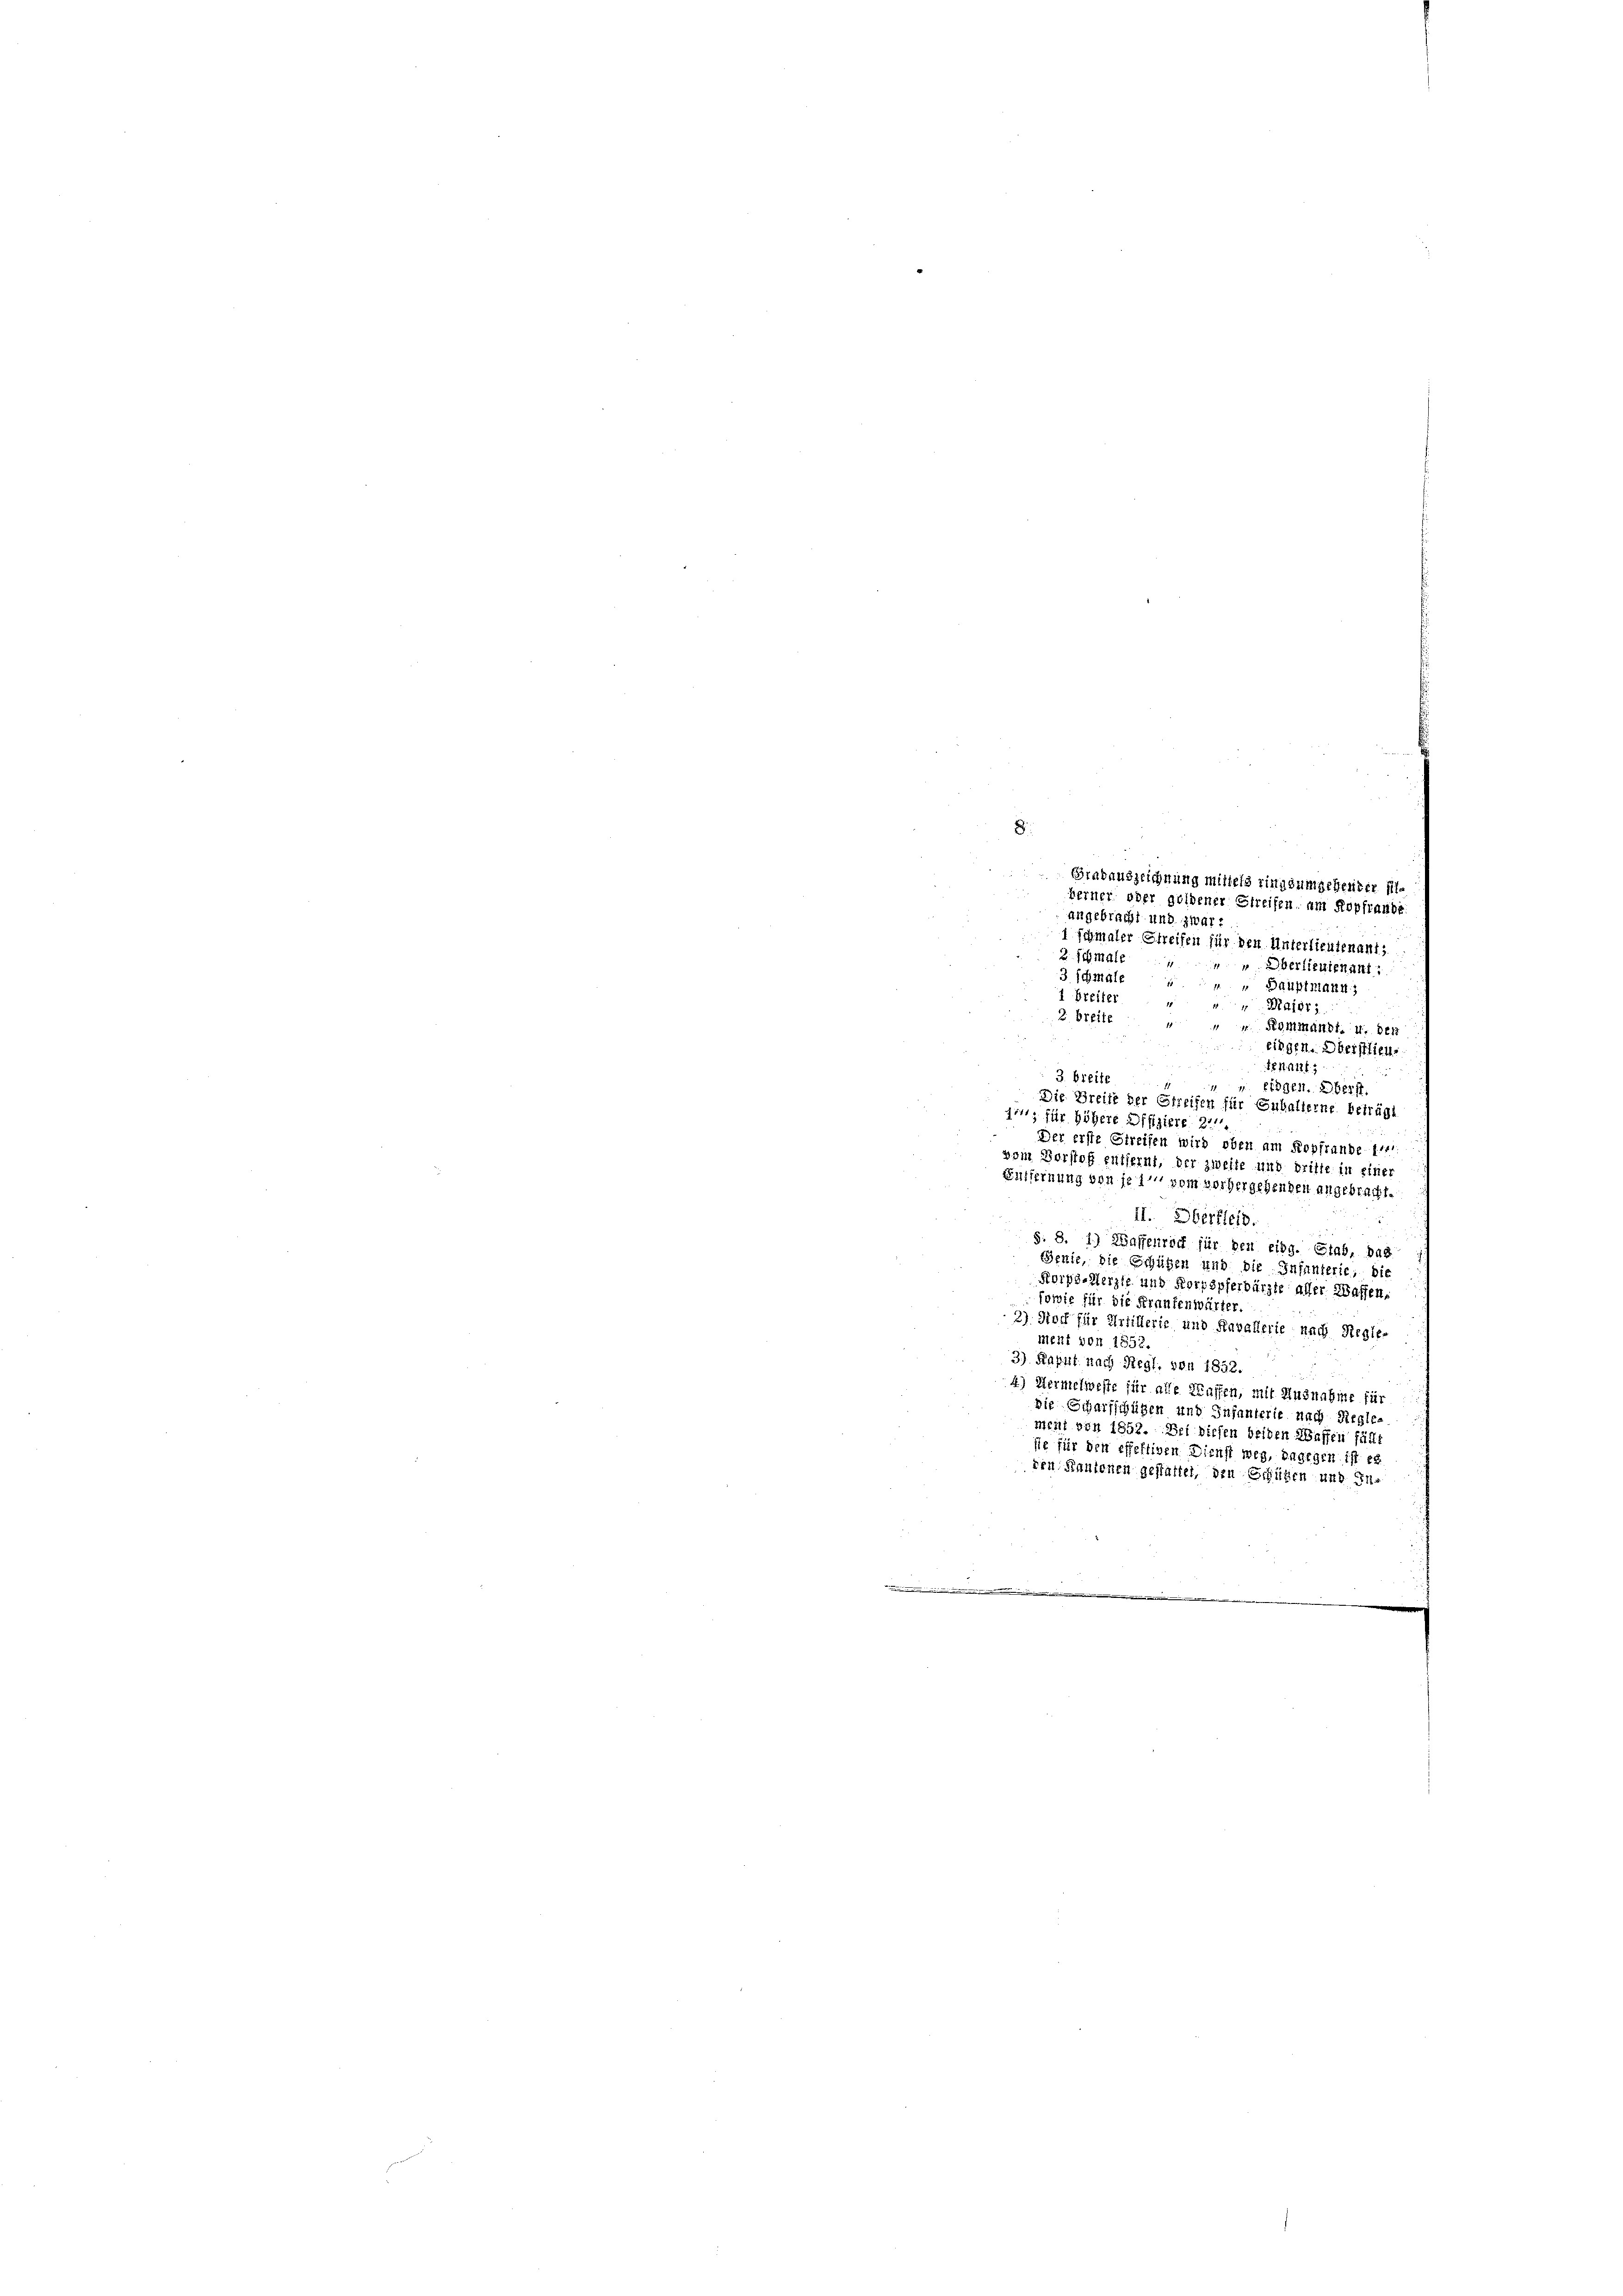
8

Gradauszeichnung mittels ringsumgehenter fl.
berner ober goldener Streifen, am Kopfraube.
angebracht und zwar:
1 schmaler Streifen für den Unterlieutenant,
2 schmale
 Oberlieutenant:
3 schmale
 Hauptmann,
1 Breiter
Major :
2 breite
Stammandt. u. der
eingen. Oberstlien.
Testant
3. Breit
eidgen. Oberst
Die Breift der Streifen für Eubalterne beträgt
git, für höhere Offiziere z
Der erste Gireifen wird oben am Kopfrunde 14
vem Vorstoff entfernt, der zweife und dritte in ein
Entfernung von je 1 vom vorhergehenden angebracht.
II. Oberfleis
§. 8. 1) Waffenröch für den eidg. Stab, das
Benie, die Schügen und die Infanterie, bis
Korps-Herzle und Korpspferbärzte aller Waffen,
sowie für die Fraufenwärter
27. Noch für Artillerie und Kavallerie nach Regle-
ment von 1852
3) Kaput nach Regl, von 1852.
u
4.) Hermelweste für alle Kaffen, mit Ausnahin für
Die Scharfschligen und Infanterie nach Rec
ment von 1852. Bei diesen beiden Waffen für
sie für den effektiven Dienst weg, dagegen ist es
ren Kantonen gestattet, den Schützen und In¬